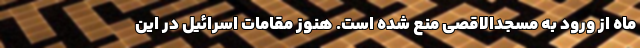
ماه از ورود به مسجدالاقصی منع شده است. هنوز مقامات اسرائیل در این